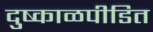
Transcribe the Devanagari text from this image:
दुष्काळपीडित